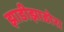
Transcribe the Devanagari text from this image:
झाडीझाडोरा